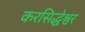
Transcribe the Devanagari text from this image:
करसिद्धेश्वर